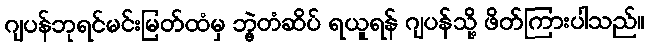
ဂျပန်ဘုရင်မင်းမြတ်ထံမှ ဘွဲ့တံဆိပ် ရယူရန် ဂျပန်သို့ ဖိတ်ကြားပါသည်။